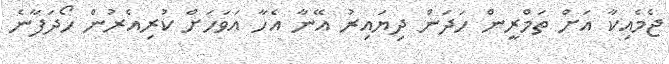
ޖެމެއިކާ އަށް ތަމްރީން ހަދަން ދިޔައިރު އޭނާ އެހާ އަވަހަށް ކުރިއެރުން ހޯދަފާނެ